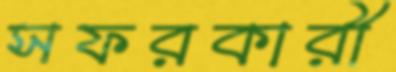
সফরকারী